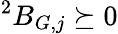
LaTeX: ^{2}B_{G,j}\succeq 0